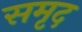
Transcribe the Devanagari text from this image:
समृद